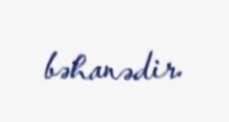
bəhanədir.